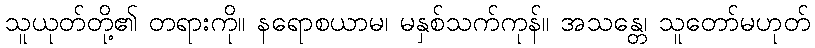
သူယုတ်တို့၏ တရားကို။ နရောစယာမ၊ မနှစ်သက်ကုန်။ အသန္တေ၊ သူတော်မဟုတ်